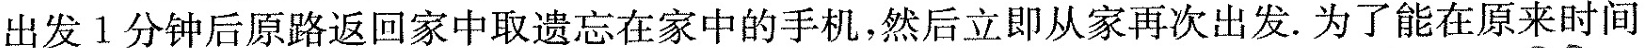
出发1分钟后原路返回家中取遗忘在家中的手机，然后立即从家再次出发。为了能在原来时间